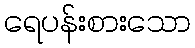
ရေပန်းစားသော